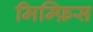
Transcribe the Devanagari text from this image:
मिम्फ़िस